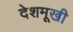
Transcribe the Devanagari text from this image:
देशमूखी